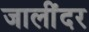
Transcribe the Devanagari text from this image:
जालींदर